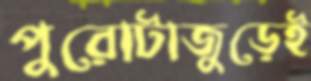
পুরোটাজুড়েই